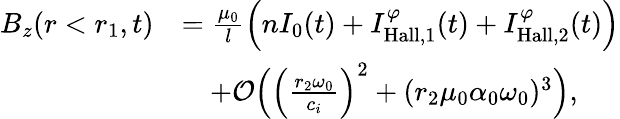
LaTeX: \begin{array}{rl}{B_{z}(r<r_{1},t)}&{=\frac{\mu_{0}}{l}\Big(nI_{0}(t)+I_{\mathrm{Hall},1}^{\varphi}(t)+I_{\mathrm{Hall},2}^{\varphi}(t)\Big)}\\ &{\quad+\mathcal{O}\Big(\Big(\frac{r_{2}\omega_{0}}{c_{i}}\Big)^{2}+(r_{2}\mu_{0}\alpha_{0}\omega_{0})^{3}\Big),}\end{array}